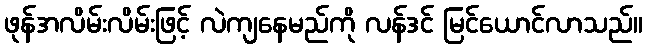
ဖုန်အလိမ်းလိမ်းဖြင့် လဲကျနေမည်ကို လန်ဒင် မြင်ယောင်လာသည်။